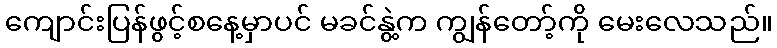
ကျောင်းပြန်ဖွင့်စနေ့မှာပင် မခင်နွဲ့က ကျွန်တော့်ကို မေးလေသည်။